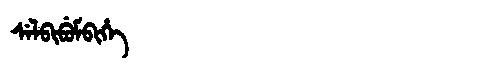
Manchu: ᠰᡝᠯᠪᡳᠪᡠᠮᠪᡳᡥᡝ
Romanization: SELBIBUMBIHE